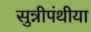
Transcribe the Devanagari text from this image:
सुन्नीपंथीया